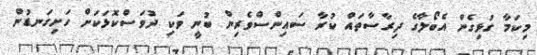
މިކަމާ ގުޅިގެން އެބޯލާގެ ދިރާސާތައް ކުރާ ސައިންސްވެރިން ބުނީ ވަކި ދުވަސްކޮޅަކަށް ހަށިގަނޑުން